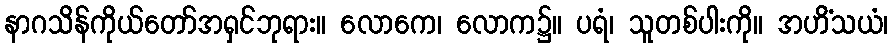
နာဂသိန်ကိုယ်တော်အရှင်ဘုရား။ လောကေ၊ လောက၌။ ပရံ၊ သူတစ်ပါးကို။ အဟိံသယံ၊